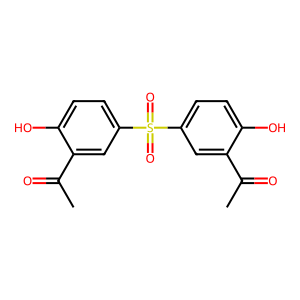
SMILES: CC(=O)c1cc(S(=O)(=O)c2ccc(O)c(C(C)=O)c2)ccc1O
Inhibits HIV replication: No